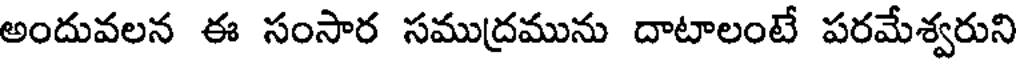
అందువలన ఈ సంసార సముద్రమును దాటాలంటే పరమేశ్వరుని